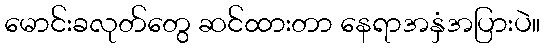
မောင်းခလုတ်တွေ ဆင်ထားတာ နေရာအနှံအပြားပဲ။